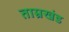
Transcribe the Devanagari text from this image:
ताम्रखंड